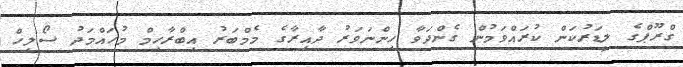
ގްރޫޕްގެ ލީޑަރުކަން ކުރައްވަމުން ގެންދަވާ ހިންނަވަރު ދާއިރާގެ މެމްބަރު އިބްރާހިމް މުހައްމަދު ސޯލިހް